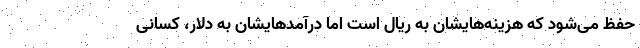
حفظ می‌شود که هزینه‌هایشان به ریال است اما درآمدهایشان به دلار، کسانی